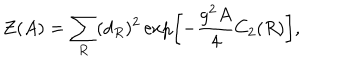
LaTeX: { \cal Z } ( A ) = \sum _ { R } ( d _ { R } ) ^ { 2 } \exp \left[ - { \frac { g ^ { 2 } A } { 4 } } C _ { 2 } ( R ) \right] ,